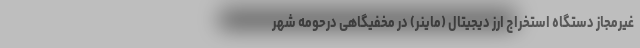
غیرمجاز دستگاه استخراج ارز دیجیتال (ماینر) در مخفیگاهی درحومه شهر